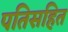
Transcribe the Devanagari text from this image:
पतिसहित